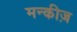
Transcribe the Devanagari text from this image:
मन्कीज़